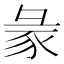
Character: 𧰲